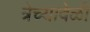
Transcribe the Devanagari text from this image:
त्रेच्यावेळी